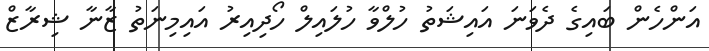
އަންހެން ބައިގެ ދެވަނަ އައިޝަތު ހުލްވާ ހުލައިލް ހޯދިއިރު އައިމިނަތު ޒާނާ ޝިރާޒް